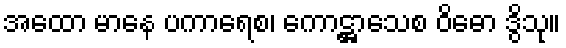
အထော မာနေ ပကာရေစ၊ ကောဋ္ဌာသေစ ဝိဓော ဒွိသု။